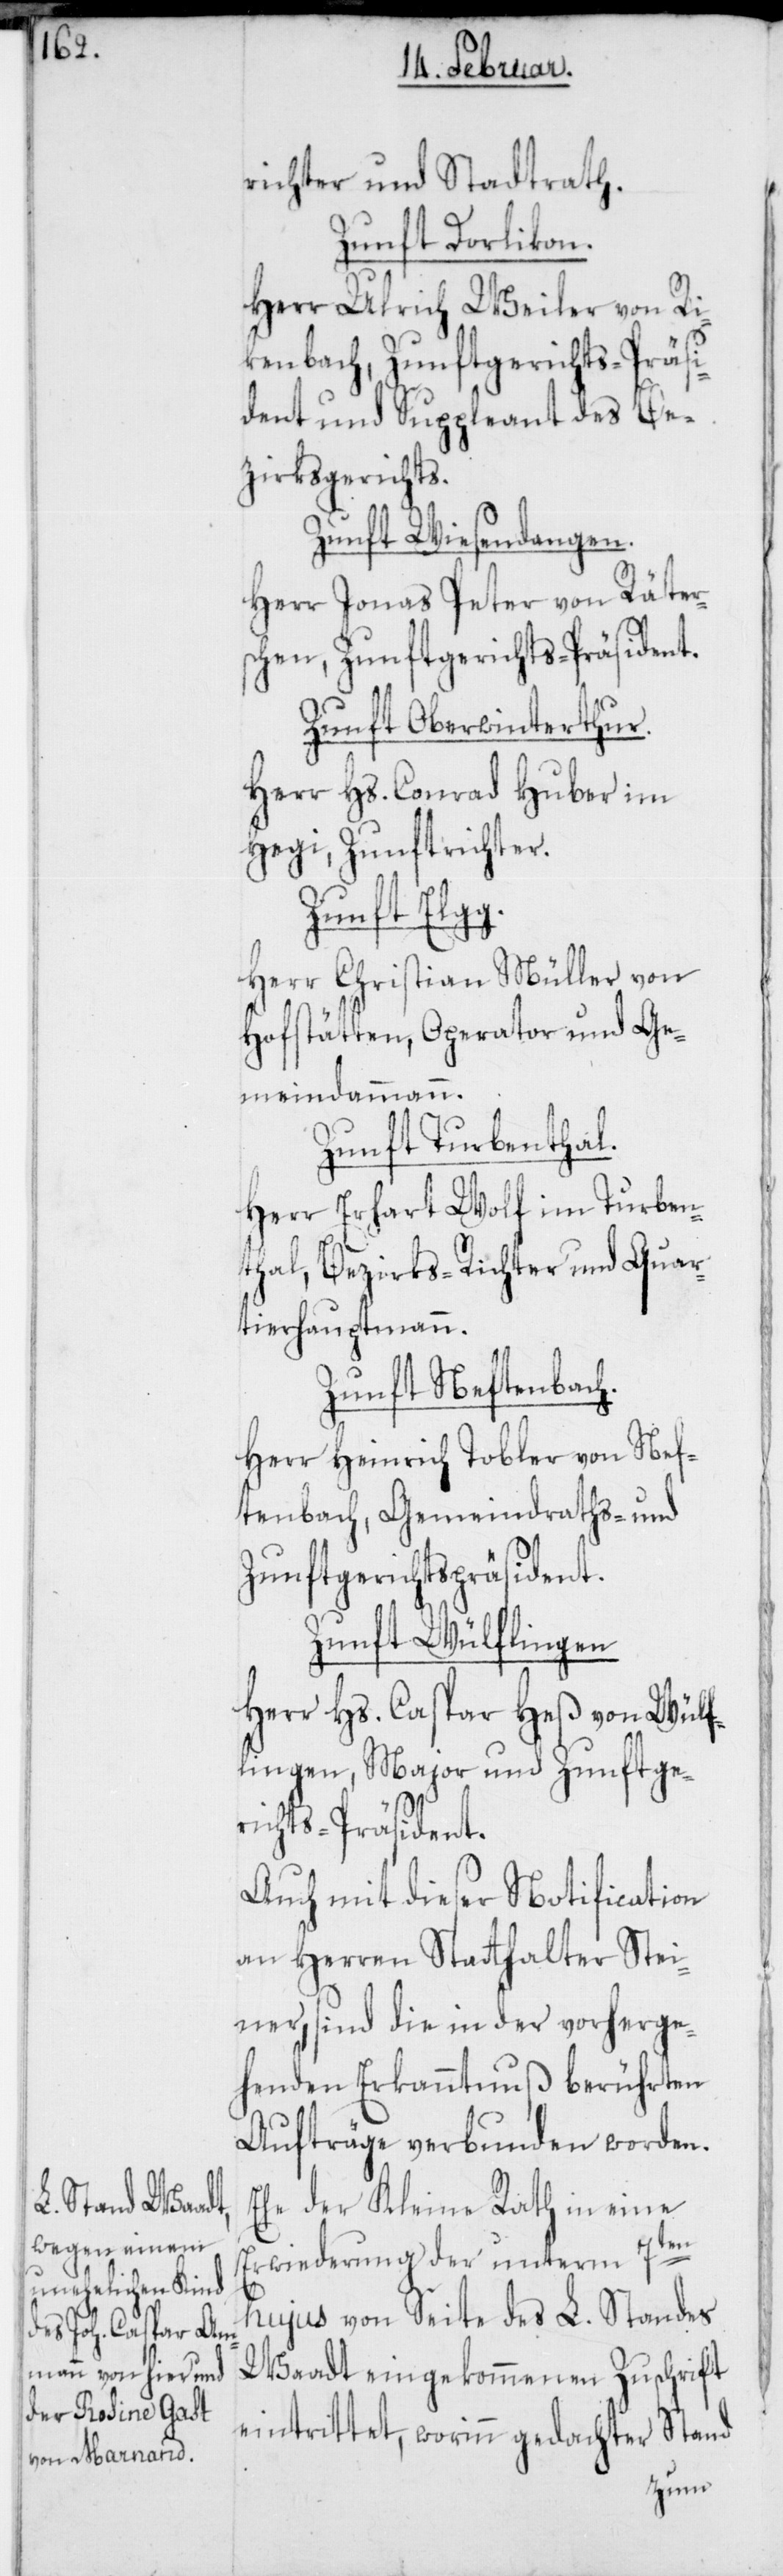
richter und Stadtrath.
Zunft Dorlikon.
Herr Ulrich Weiler von Ri¬
kenbach, Zunftgerichts-Präsi¬
dent und Suppleant des Be¬
zirksgerichts.
Zunft Wiesendangen.
Herr Jonas Peter von Räter¬
schen, Zunftgerichts-Präsident.
Zunft Oberwinterthur.
Herr Hs. Conrad Huber im
Hegi, Zunftrichter.
Zunft Elgg.
Herr Christian Müller von
Hofstätten, Operator und Ge¬
meindammann.
Zunft Turbenthal.
Herr Erhart Wolf im Turben¬
thal, Bezirksrichter und Quar¬
tierhauptmann.
Zunft Neftenbach.
Herr Heinrich Tobler von Nef¬
tenbach, Gemeindraths- und
Zunftgerichts-Präsident.
Zunft Wölflingen
Herr Hs. Caspar Heß von Wölf¬
lingen, Major und Zunftge¬
richts-Präsident.
Auch mit dieser Notification
an Herren Statthalter Stei¬
ner, sind die in der vorherge¬
henden Erkanntnuß berührten
Aufträge verbunden worden.
Ehe der Kleine Rath in eine
Erwiederung der unterm 7ten
hujus von Seite des L. Standes
Waadt eingekommenen Zuschrift
Stand
eintrittet, worinn gedachter